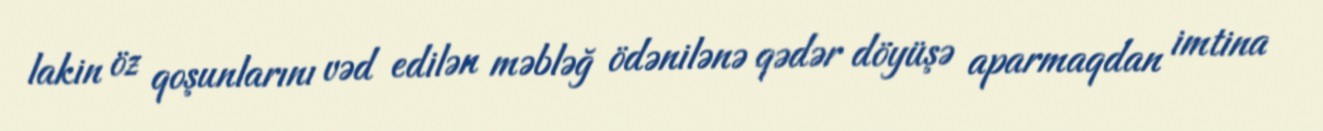
lakin öz qoşunlarını vəd edilən məbləğ ödənilənə qədər döyüşə aparmaqdan imtina